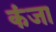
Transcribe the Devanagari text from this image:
कंजा